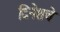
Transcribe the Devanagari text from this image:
दिनेशचे